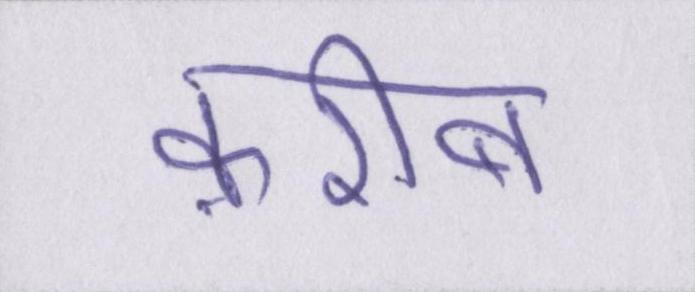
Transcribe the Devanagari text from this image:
क़रीब